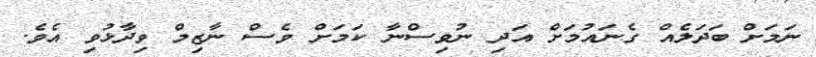
ނަމަށް ބަދަލެއް ގެނައުމަށް އަދި ނުވިސްނާ ކަމަށް ވެސް ނާޒިމް ވިދާޅުވި އެވެ.